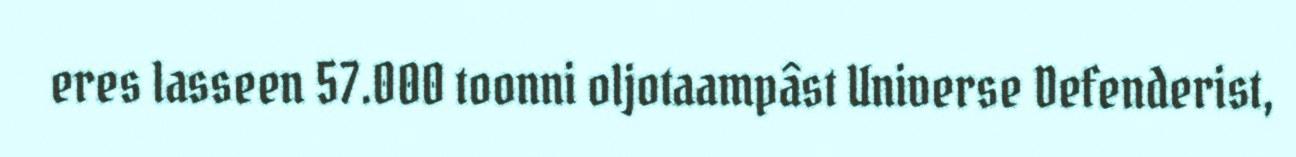
eres lasseen 57.000 toonni oljotaampâst Universe Defenderist,